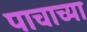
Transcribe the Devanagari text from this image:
पाचाच्या